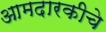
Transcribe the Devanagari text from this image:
आमदारकीचे